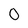
Character: 0